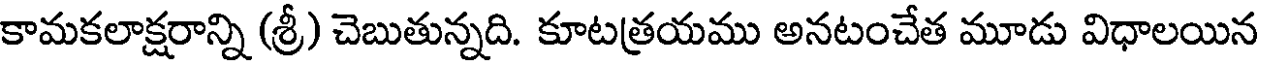
కామకలాక్షరాన్ని (శ్రీ) చెబుతున్నది. కూటత్రయము అనటంచేత మూడు విధాలయిన